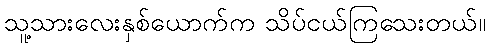
သူ့သားလေးနှစ်ယောက်က သိပ်ငယ်ကြသေးတယ်။